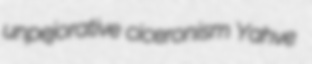
unpejorative ciceronism Yahve